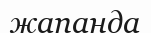
жапанда